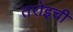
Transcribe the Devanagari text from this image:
तरोइची